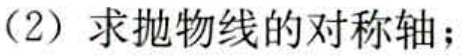
（2）求抛物线的对称轴；